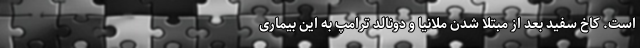
است. کاخ سفید بعد از مبتلا شدن ملانیا و دونالد ترامپ به این بیماری